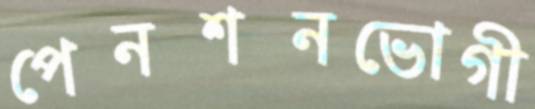
পেনশনভোগী